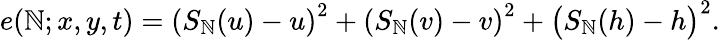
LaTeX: e(\mathbb{N};x,y,t)=\left(S_{\mathbb{N}}(u)-u\right)^{2}+\left(S_{\mathbb{N}}(v)-v\right)^{2}+\bigl(S_{\mathbb{N}}(h)-h\bigr)^{2}.